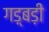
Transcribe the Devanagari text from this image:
गड़्बड़ी